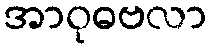
အာဝုဓဗလာ